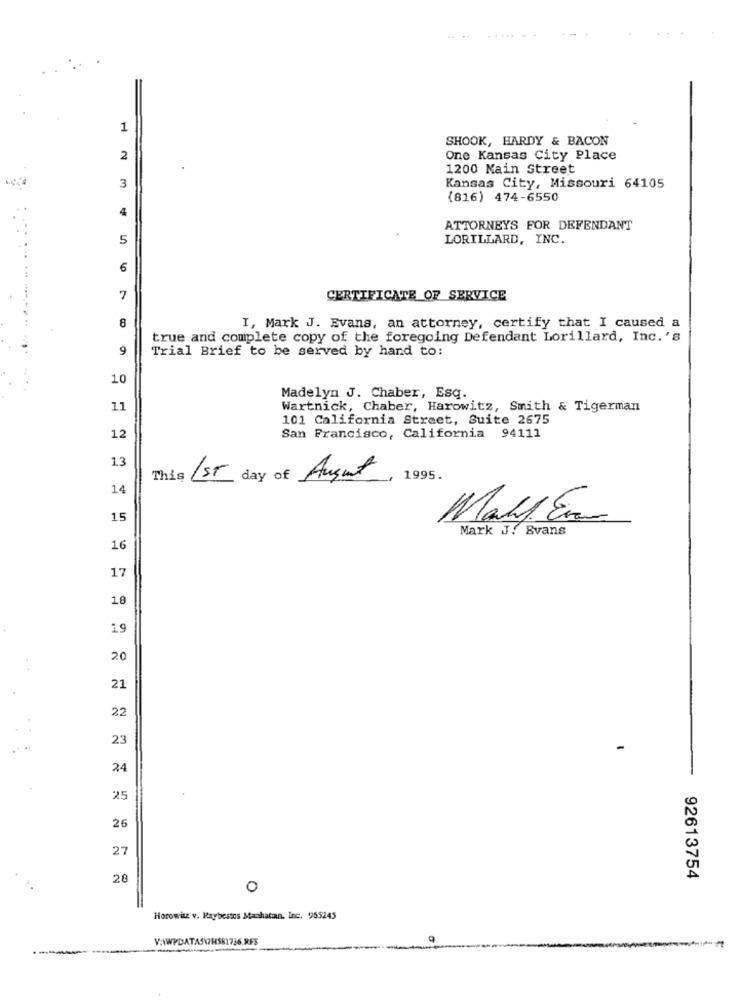
....
1
SHOOK, HARDY & BACON
2
One Kansas City Place
1200 Main Street
Kansas City, Missouri 64105
3
(816) 474-6550
4
ATTORNEYS FOR DEFENDANT
5
LORILLARD, INC.
6
7
CERTIFICATE OF SERVICE
8
I, Mark J. Evans, an attorney, certify that I caused a
true and complete copy of the foregoing Defendant Lorillard, Inc. 's
9
Trial Brief to be served by hand to:
10
Madelyn J. Chaber, Esq.
11
Wartnick, Chaber, Harowitz, Smith & Tigerman
101 California Street, Suite 2675
12
San Francisco, California 94111
13
This
1ST day of August
1995.
14
15
Maly En
Mark J. Evans
16
17
18
19
20
21
22
23
24
25
26
27
28
92613754
0
Horowitz v. Raybestes Manhatan, Inc. 955245
V:\WPDATAS\7HS81736.RF$
----